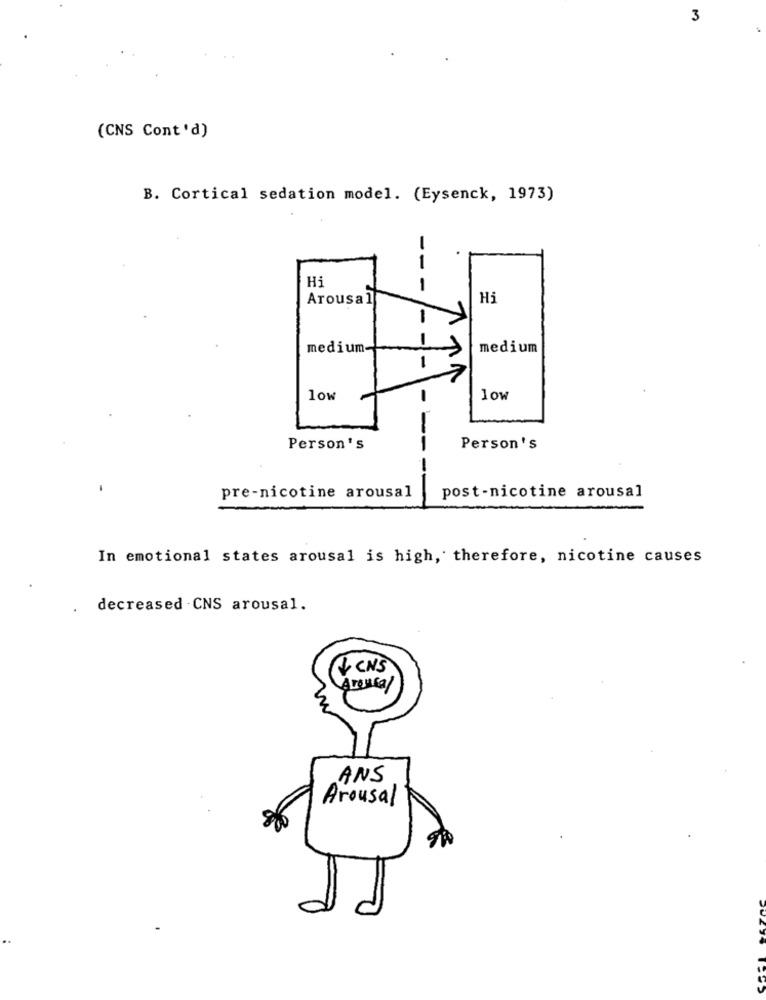
3
(CNS Cont'd)
B. Cortical sedation model. (Eysenck, 1973)
1
Hi
1
Arousal
Hi
1
1
medium-
medium
1
low
low
Person's
Person's
- ---
pre-nicotine arousal
post-nicotine arousal
In emotional states arousal is high, therefore, nicotine causes
decreased - CNS arousal.
+ CNS
Arouca/
ANS
Arousal